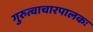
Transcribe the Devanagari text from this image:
गुरुत्वाचारपालकः